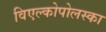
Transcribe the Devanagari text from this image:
विएल्कोपोलस्का